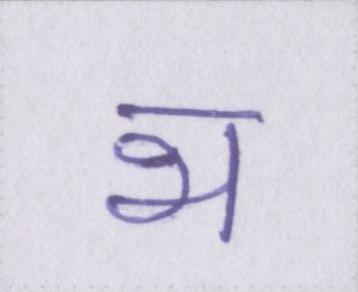
भ